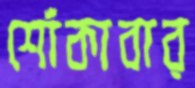
শোঁকাবার